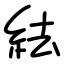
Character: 紶